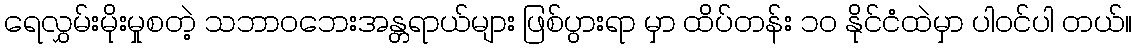
ရေလွှမ်းမိုးမှုစတဲ့ သဘာဝဘေးအန္တရာယ်များ ဖြစ်ပွားရာ မှာ ထိပ်တန်း ၁၀ နိုင်ငံထဲမှာ ပါဝင်ပါ တယ်။